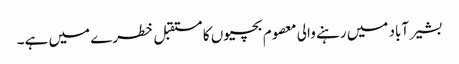
بشیر آباد میں رہنے والی معصوم بچیوں کا مستقبل خطرے میں ہے۔